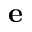
{ \bf e }